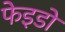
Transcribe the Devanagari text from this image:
फेइडों